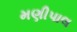
મણીપાલ